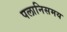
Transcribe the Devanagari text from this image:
पलानिसमय